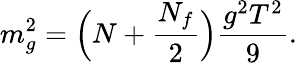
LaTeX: m_{g}^{2}=\Big(N+{\frac{N_{f}}{2}}\Big){\frac{g^{2}T^{2}}{9}}.